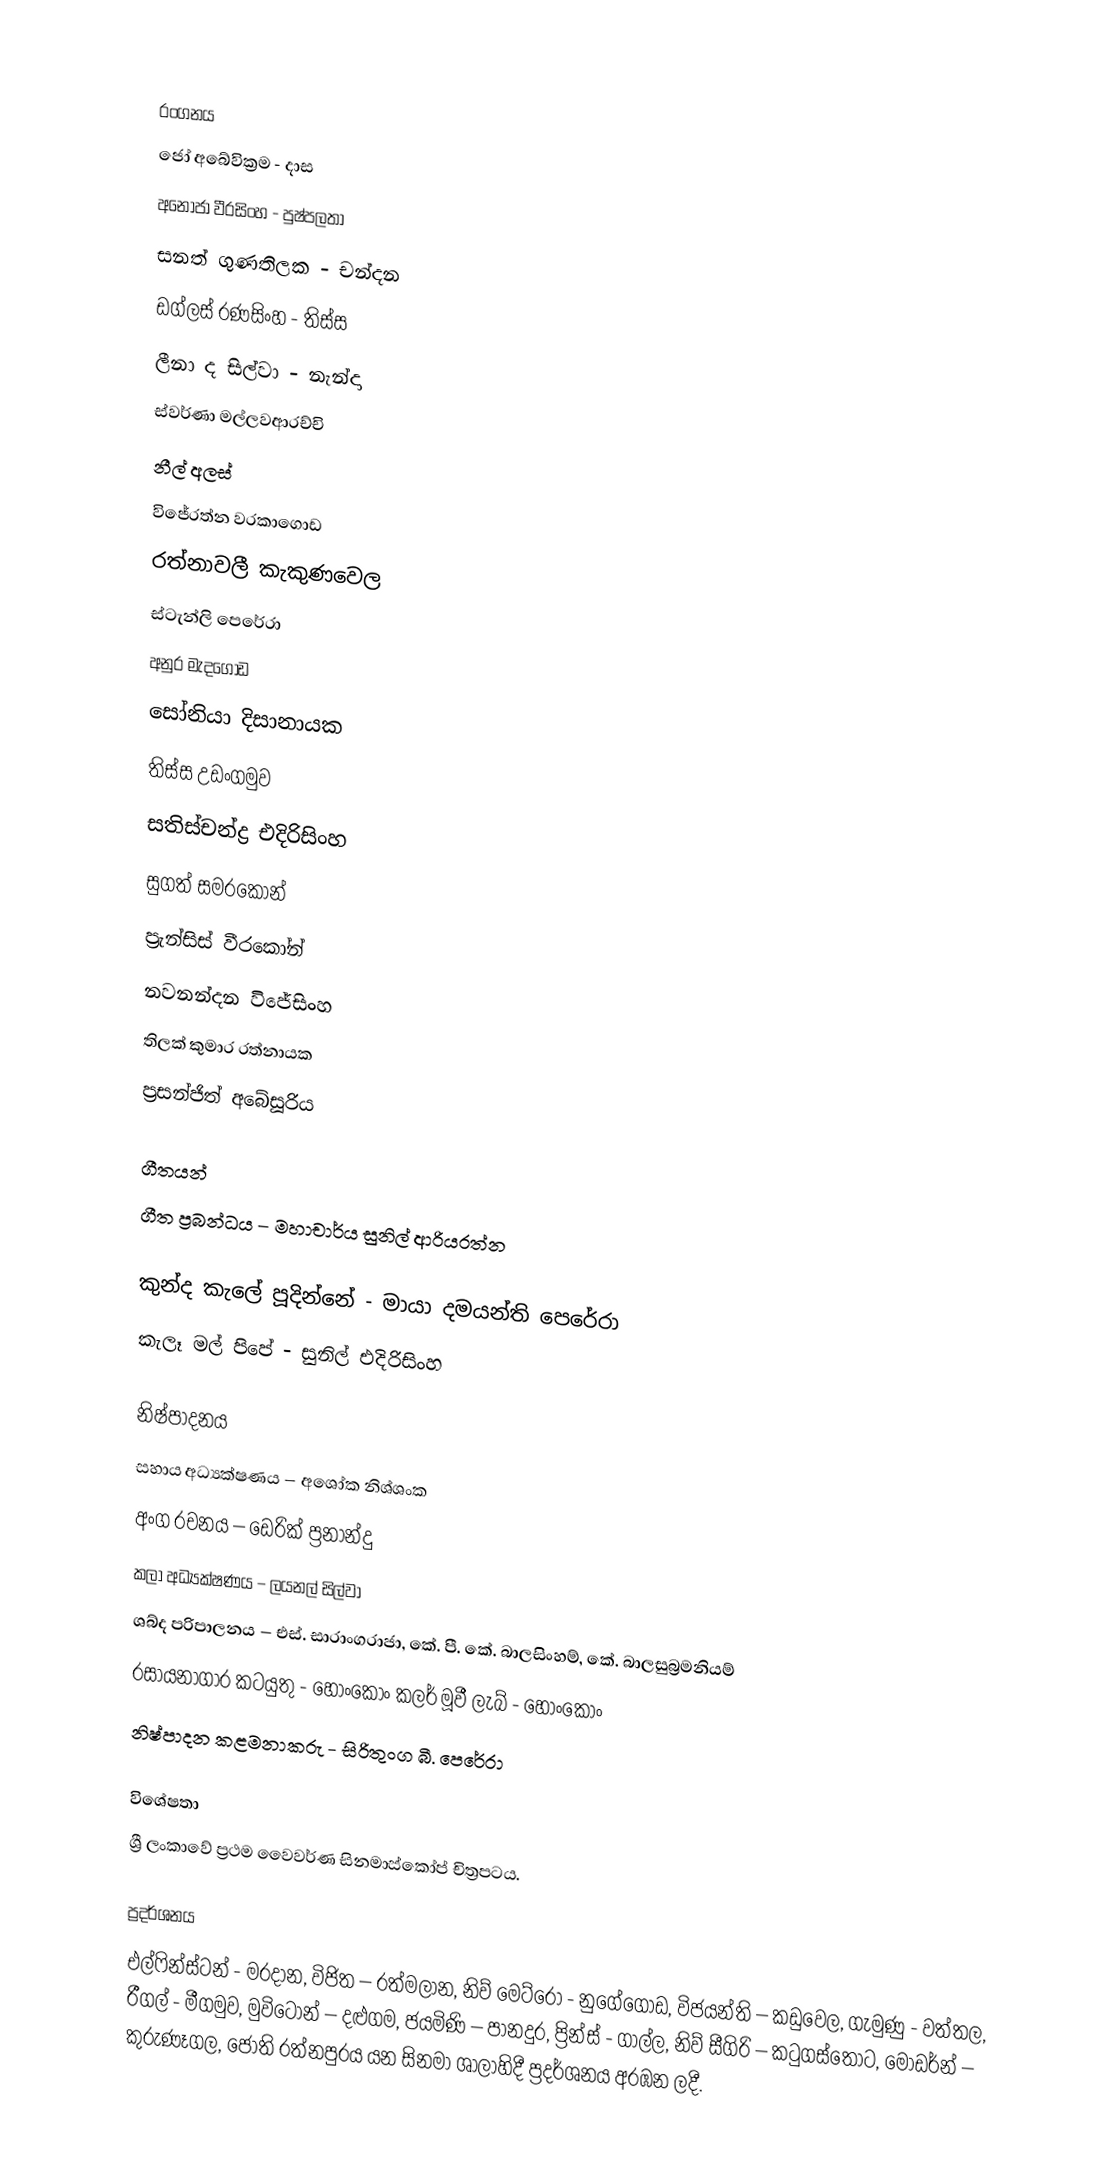

රංගනය
ජෝ අබේවික්‍රම - දාස
අනෝජා වීරසිංහ - පුෂ්පලතා
සනත් ගුණතිලක - චන්දන
ඩග්ලස් රණසිංහ - තිස්ස
ලීනා ද සිල්වා - නැන්දා
ස්වර්ණා මල්ලවආරච්චි
නීල් අලස්
විජේරත්න වරකාගොඩ
රත්නාවලී කැකුණවෙල
ස්ටැන්ලි පෙරේරා
අනුර මැදගොඩ
සෝනියා දිසානායක
තිස්ස උඩංගමුව
සතිස්චන්ද්‍ර එදිරිසිංහ
සුගත් සමරකෝන්
ප්‍රැන්සිස් වීරකෝන්
නවනන්දන විජේසිංහ
තිලක් කුමාර රත්නායක
ප්‍රසන්ජිත් අබේසූරිය

ගීතයන්
ගීත ප්‍රබන්ධය – මහාචාර්ය සුනිල් ආරියරත්න

කුන්ද කැලේ පූදින්නේ - මායා දමයන්ති පෙරේරා
කැලෑ මල් පිපේ - සුනිල් එදිරිසිංහ

නිෂ්පාදනය
සහාය අධ්‍යක්ෂණය – අශෝක නිශ්ශංක
අංග රචනය – ඩෙරික් ප්‍රනාන්දු
කලා අධ්‍යක්ෂණය – ලයනල් සිල්වා
ශබ්ද පරිපාලනය – එස්. සාරාංගරාජා, කේ. පී. කේ. බාලසිංහම්, කේ. බාලසුබ්‍රමනියම්
රසායනාගාර කටයුතු - හොංකොං කලර් මූවී ලැබ් - හොංකොං
නිෂ්පාදන කළමනාකරු - සිරිතුංග බී. පෙරේරා

විශේෂතා
ශ්‍රී ලංකාවේ ප්‍රථම වෛවර්ණ සිනමාස්කෝප් චිත්‍රපටය.

ප්‍රදර්ශනය
එල්ෆින්ස්ටන් - මරදාන, විජිත – රත්මලාන, නිව් මෙට්රෝ - නුගේගොඩ, විජයන්ති – කඩුවෙල, ගැමුණු - වත්තල, රීගල් - මීගමුව, මුවිටෝන් – දළුගම, ජයමිණි – පානදුර, ප්‍රින්ස් - ගාල්ල, නිව් සීගිරි – කටුගස්තොට, මොඩර්න් – කුරුණෑගල, ජෝති රත්නපුරය යන සිනමා ශාලාහිදී ප්‍රදර්ශනය අරඹන ලදී.